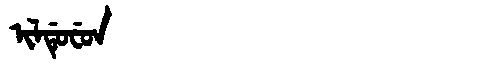
Manchu: ᡳᠯᡩᡠᠸᡠᠨ
Romanization: ILDUFUN